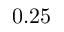
0 . 2 5